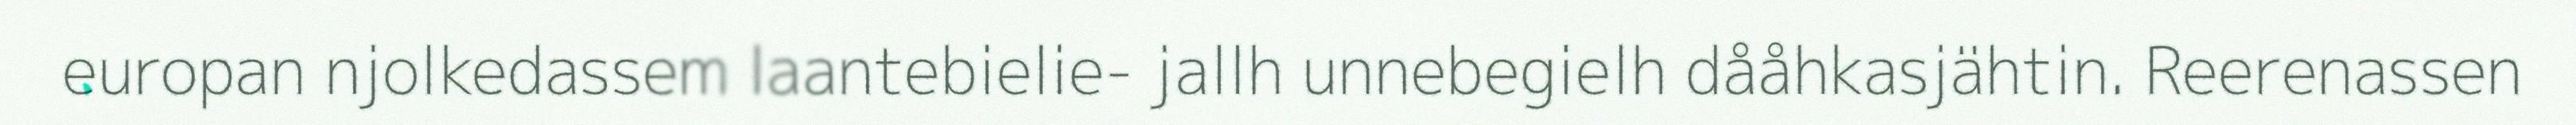
europan njolkedassem laantebielie- jallh unnebegielh dååhkasjähtin. Reerenassen